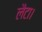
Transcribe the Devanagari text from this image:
लैटा।